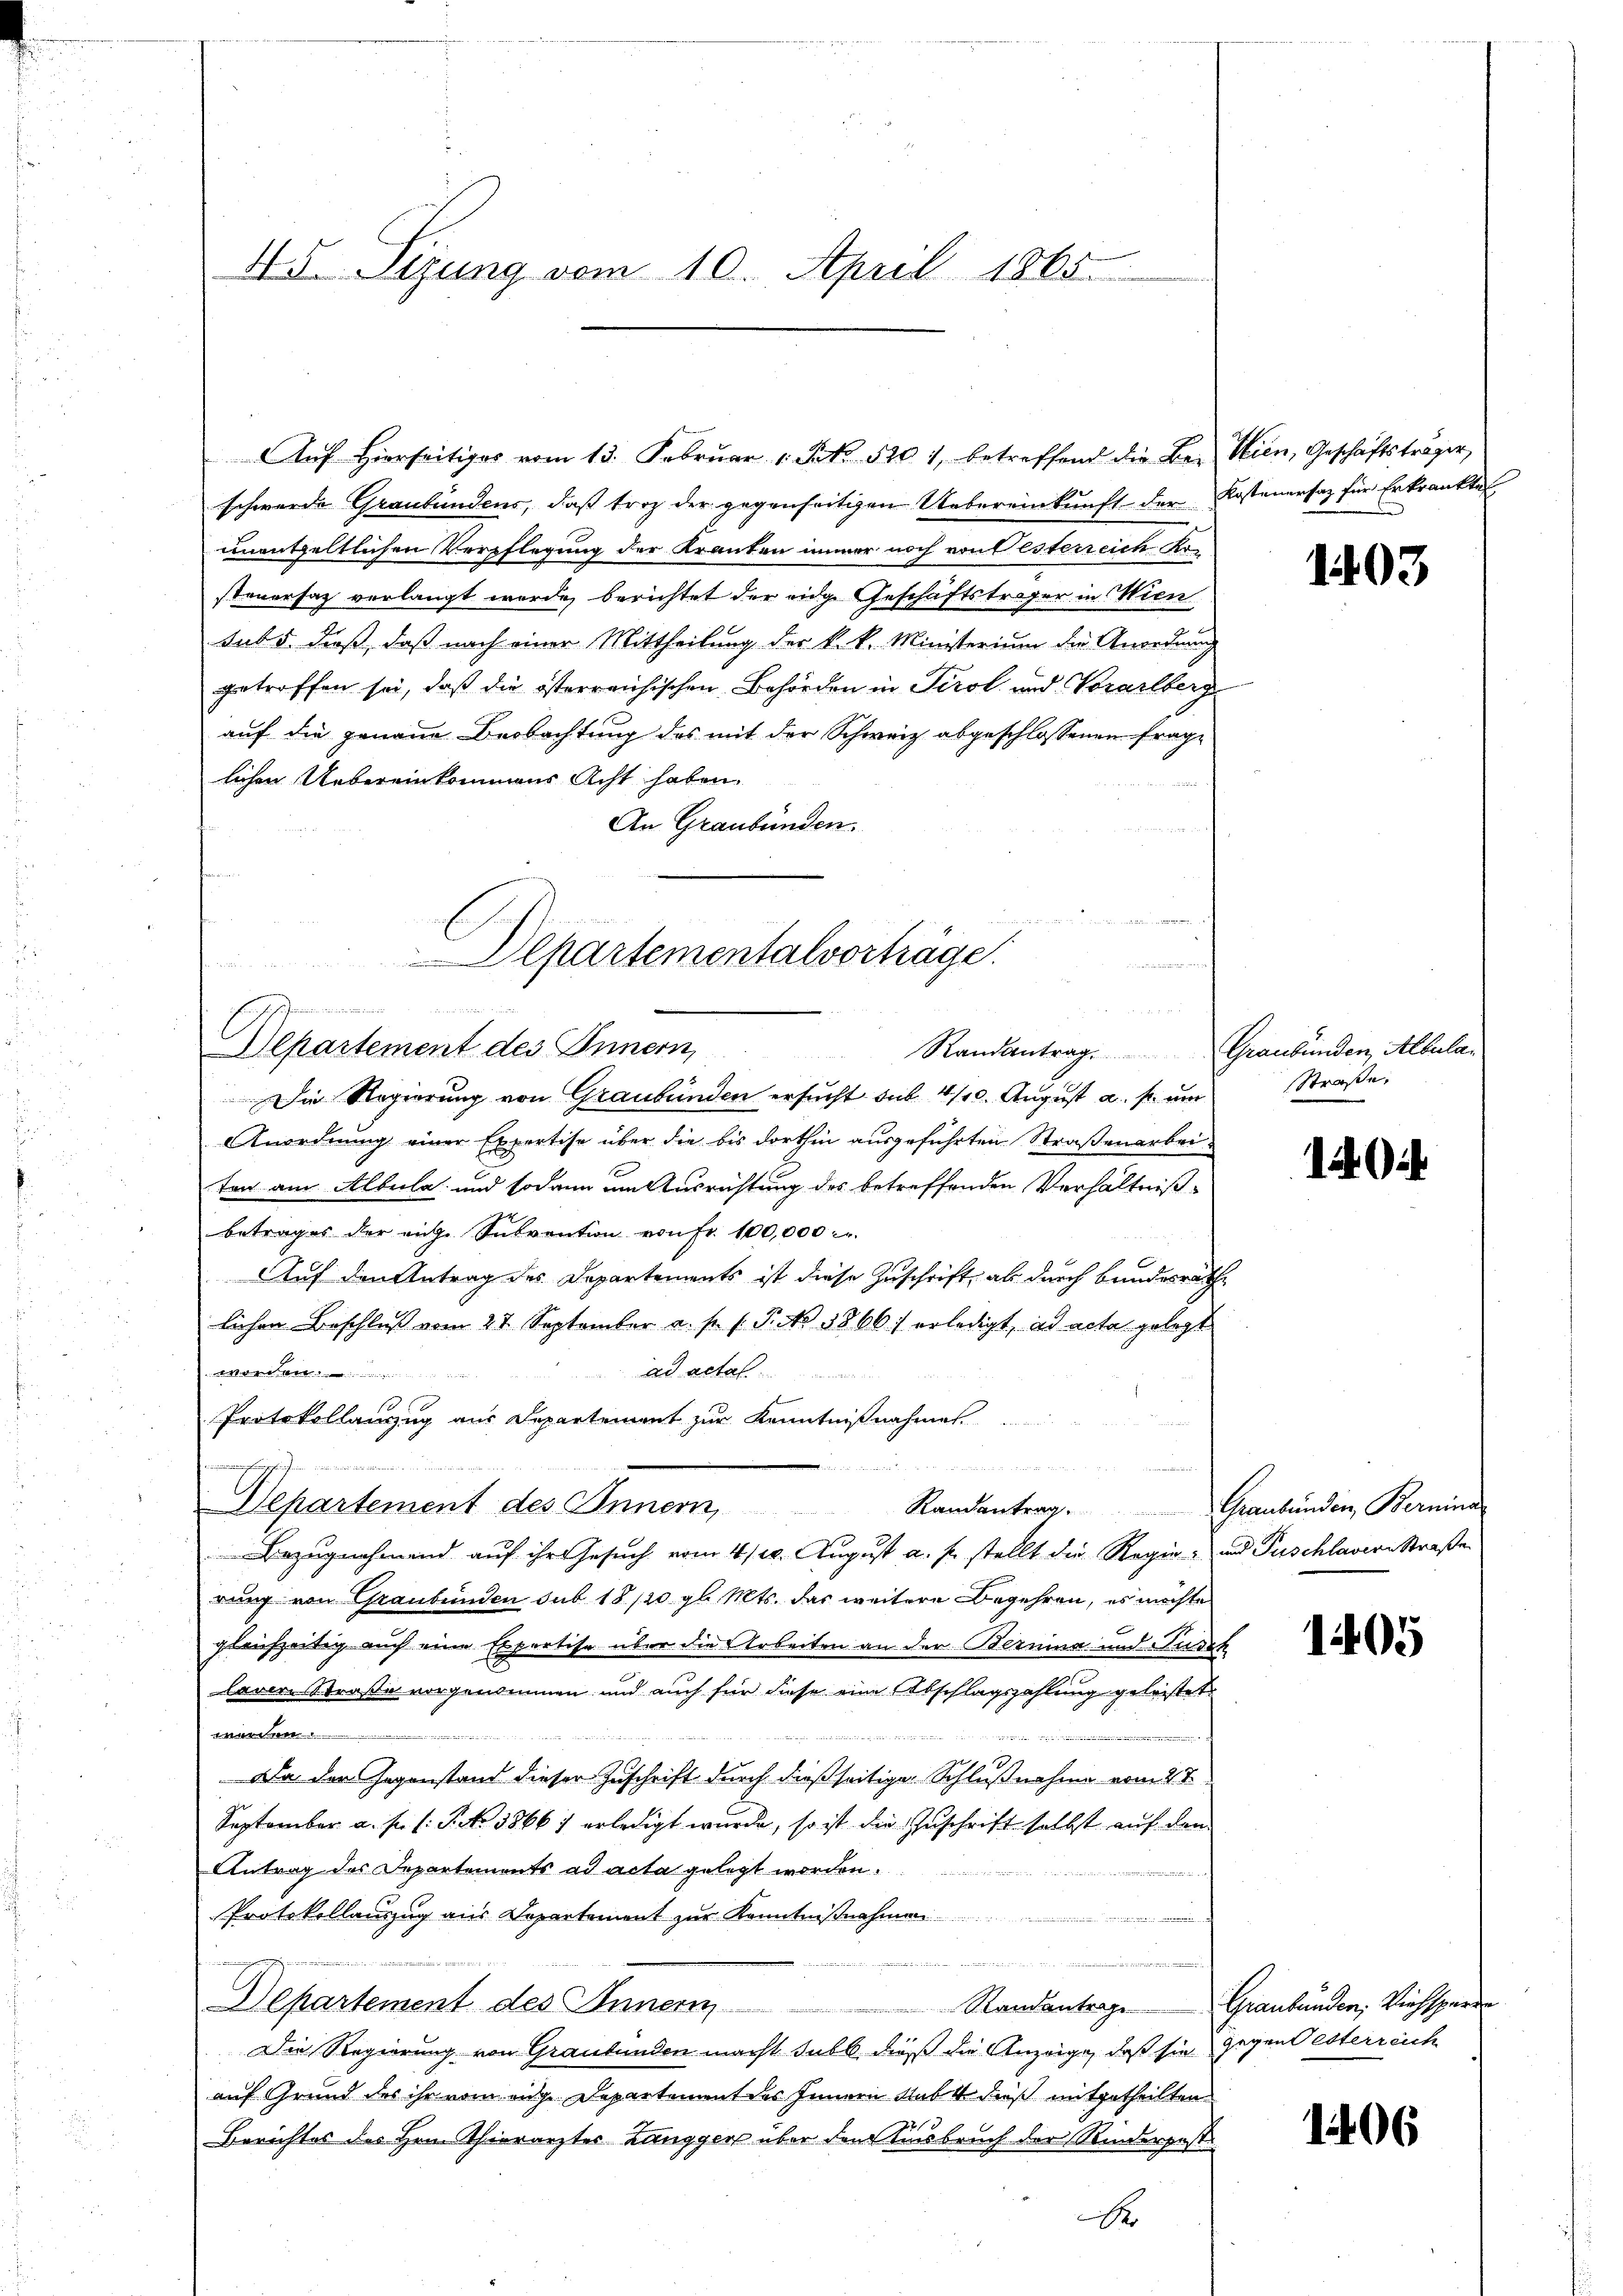
45. Sizung vom 10. April 1865.

schwerde Graubündens, daß trotz der gegenseitigen Uebereinkunft der Kostenersatz für Erkrankte
unentgeltlichen Verpflegung der Kranten immer noch von Esterreich Kr
steuersag verlangt werde, berichtet der eidg. Geschäftstrafer in Wien
tubs, dieß, daß nach einer Mittheilung der k. k. Ministerium die Anordnung
getroffen sei, daß die österreichischen Behörden in Tirol und Vorarlberg
auf die genaue Beobachtung des mit der Schweiz abgeschlossenen frage
lichen Uebereinkommens Acht haben.
An Graubünden.
s
.

Departementalvorträge.

2 2 S. 1
Departement des Innern,
Randantrag

Die Regierung von Graubünden ersucht sub. 4/10. August a. p. um
Anordnung einer Expertise über die bis dorthin ausgeführten Straßenarbeiten am Albula und sodann um Ausrichtung des betreffenden Verhältniß-
betrages der eige Subvention von fr. 100,000
Auf den Antrag des Departements ist diese Zuschrift, als durch Bundesrathe
lichen Beschluß vom 27. September a. s. f. P. No 5866) erledigt, ad acta gelegt
ad actal.
wert wer
Protokollanzug aus Departement zur Kenntnißnahmes
Departement des Innern,
Bezugnahmend auf ihr Gesuch vom 4./20. August a. f. stellt die Regie- und Puschlavern Straße
rung von Graubünden sub 18/20 gl. Mts. das weitere Begehren, es möchte
gleichzeitig auch eine Expertise über die Arbeiten an der Bernina und Furch
larere Straße vorgenommen und auch für diese eine Abschlagszahlung geleistet
wunden
wund
Da den Gegenstand dieser Zuschrift durch dießseitiger Schlußnahme vom 27.
September a. f. (: Pct. 38667 erledigt wurde, so ist die Zuschrift selbst auf den
Antrag des Departements ad acta gelegt worden.
r
Protokollanzzug aus Departement zur Kenntnißnahmen
.

Departement des Innern
Die Regierung von Graubünden macht sub dieß die Anzeige, daß sie gegent Österreich
auf Grund des ihr vom eidge Departement des Innern Sub 4 dieß mitgetheilten
Berichtes des Hrn. Thierarzter Zangger über den Ausbruch der Kinderpost
B

Auf hierseitiger vom 13. Februar 1 Frk. 520, betreffend die Bei Wien, Geschäftsträger,

n

Randantrag. Graubünden Bernina

1403

Graubünden, Albula¬
Straße.

1404

1405

Standantrage Graubünden, Viehsperre

1406